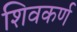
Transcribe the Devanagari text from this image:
शिवकर्ण